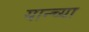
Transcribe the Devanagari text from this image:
यान्च्या